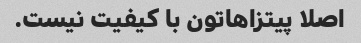
اصلا پیتزاهاتون با کیفیت نیست.